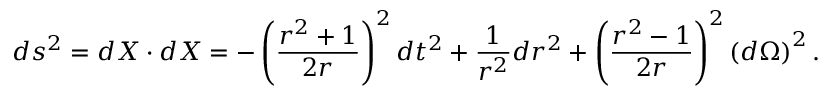
d s ^ { 2 } = d X \cdot d X = - \left( \frac { r ^ { 2 } + 1 } { 2 r } \right) ^ { 2 } d t ^ { 2 } + \frac 1 { r ^ { 2 } } d r ^ { 2 } + \left( \frac { r ^ { 2 } - 1 } { 2 r } \right) ^ { 2 } \left( d \Omega \right) ^ { 2 } { . }